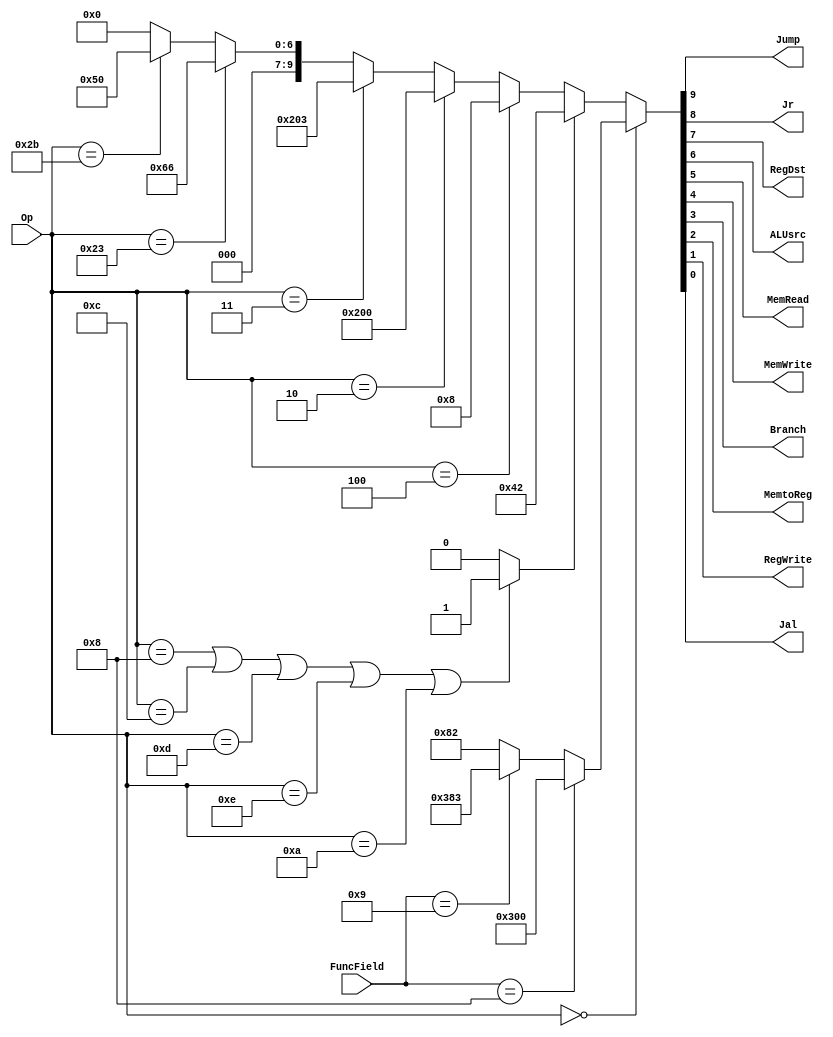
module Control(
    Op,
	FuncField,
    Jump,
	Jr,
	RegDst,
    ALUsrc,
    MemRead,
    MemWrite,
    Branch,
    MemtoReg,
    RegWrite,
    Jal
);
	
	input [5:0] Op;
	input [5:0] FuncField;
	output Jump;
	output Jr;
	output RegDst;
	output ALUsrc;
	output MemRead;
	output MemWrite;
	output Branch;
	output MemtoReg;
	output RegWrite;
	output Jal;

///////////////////////////////////////////////////////////////////////////////////////////

	reg [9:0] Out;
	assign {Jump,Jr,RegDst,ALUsrc,MemRead,MemWrite,Branch,MemtoReg,RegWrite,Jal} = Out;
	wire I_type;
	assign I_type = ((Op == 6'b001000) || (Op == 6'b001100) || (Op == 6'b001101) || (Op == 6'b001110) || (Op == 6'b001010)) ? 1'b1 : 1'b0;

	always@ (*) begin
		if(Op == 6'b000000) begin
			if(FuncField == 6'b001000) Out = 10'b1100000000;	// Jr
			else if(FuncField == 6'b001001)	Out = 10'b1110000011;	// Jalr ; if (PC <- rd) Jal = 0;
			else                 Out = 10'b0010000010;	// r-type
		end 
		else if( I_type )        Out = 10'b0001000010;
		else if(Op == 6'b000100) Out = 10'b0000001000;	// beq
		else if(Op == 6'b000010) Out = 10'b1000000000;	// j jump
		else if(Op == 6'b000011) Out = 10'b1000000011;	// jal
		else if(Op == 6'b100011) Out = 10'b0001100110;	// lw
		else if(Op == 6'b101011) Out = 10'b0001010000;	// sw
		else Out = 0;
	end

///////////////////////////////////////////////////////////////////////////////////////////   

endmodule